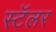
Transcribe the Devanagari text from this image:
स्टॅलर